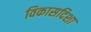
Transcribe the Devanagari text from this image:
विकासदिशा